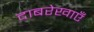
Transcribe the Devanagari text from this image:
दाबरेखाएँ